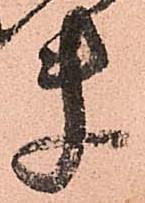
ま